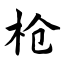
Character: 枪